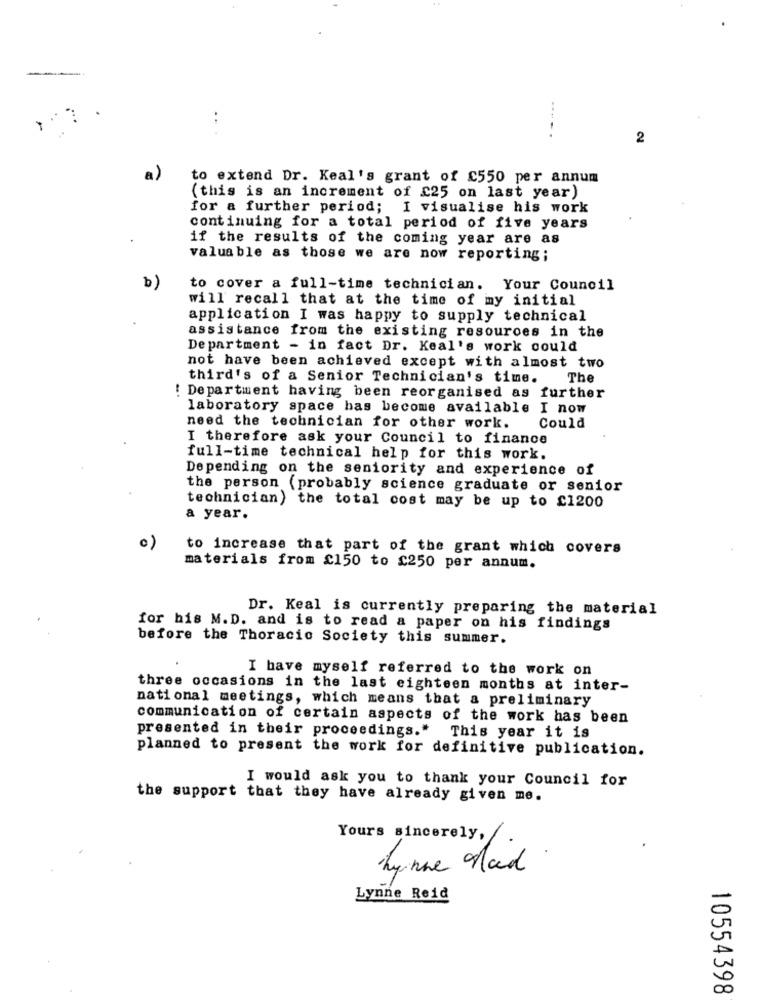
2
a)
to extend Dr. Keal's grant of £550 per annum
(this is an increment of £25 on last year)
for a further period; I visualise his work
continuing for a total period of five years
if the results of the coming year are as
valuable as those we are now reporting;
b)
to cover a full-time technician. Your Council
will recall that at the time of my initial
application I was happy to supply technical
assistance from the existing resources in the
Department - in fact Dr. Keal's work could
not have been achieved except with almost two
third's of a Senior Technician's time.
The
! Department having been reorganised as further
laboratory space has become available I now
need the technician for other work.
Could
I therefore ask your Council to finance
full-time technical help for this work.
Depending on the seniority and experience of
the person (probably science graduate or senior
technician) the total cost may be up to £1200
a year.
0)
to increase that part of the grant which covers
materials from £150 to $250 per annum.
Dr. Keal is currently preparing the material
for his M.D. and is to read a paper on his findings
before the Thoracic Society this summer.
I have myself referred to the work on
three occasions in the last eighteen months at inter-
national meetings, which means that a preliminary
communication of certain aspects of the work has been
presented in their proceedings." This year it is
planned to present the work for definitive publication.
I would ask you to thank your Council for
the support that they have already given me.
Yours sincerely,
hynne Mad
Lynne Reid
10554398